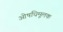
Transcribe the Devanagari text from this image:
ओषधिमूलक